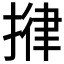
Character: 𢯰